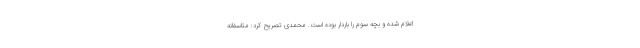
اعلام شده و بچه سوم را باردار بوده است. محمدی تصریح کرد: متاسفانه